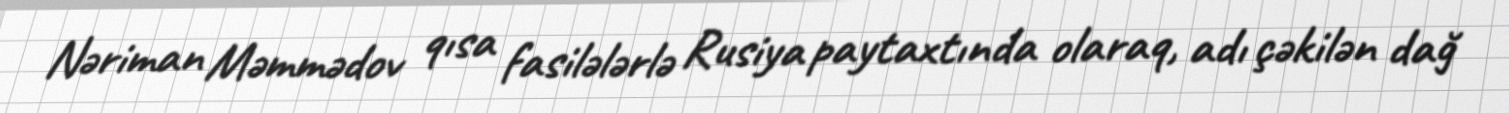
Nəriman Məmmədov qısa fasilələrlə Rusiya paytaxtında olaraq, adı çəkilən dağ